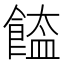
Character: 𩝉